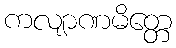
ကလျာဏမိတ္တေ